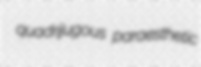
quadrijugous paraesthetic